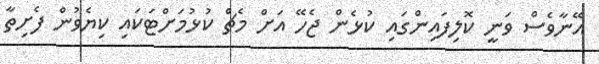
އޭނާވެސް ވަނީ ކޮލިފައިންގައި ކުޅެން ޖެހޭ އަށް މެޗް ކުޅުމަށްޓަކައި ކިޔެވުން ފެށިތާ